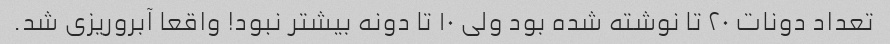
تعداد دونات ۲۰ تا نوشته شده بود ولی ۱۰ تا دونه بیشتر نبود! واقعا آبروریزی شد.